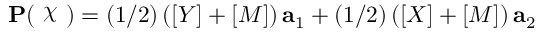
{ \bf P } ( \raisebox { \depth } { \( \chi \) } ) = ( 1 / 2 ) \left( [ Y ] + [ M ] \right) { \bf a } _ { 1 } + ( 1 / 2 ) \left( [ X ] + [ M ] \right) { \bf a } _ { 2 }